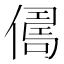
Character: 𠍻